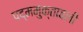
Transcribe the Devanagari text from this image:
पद्ममुक्तावली